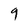
Character: 9